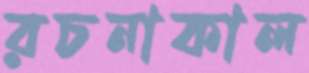
রচনাকাল